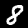
Label: 8